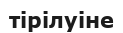
тірілуіне